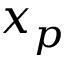
\boldsymbol { x } _ { p }